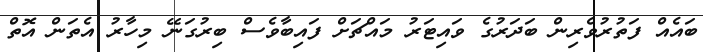
ބައެއް ފަތުރުވެރިން ބަދަރުގެ ވައިޓަރު މައްޗަށް ފައިބާވެސް ބިރުގަނޭ މިހާރު އެތަން އޮތް